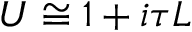
U \cong 1 + i \tau L